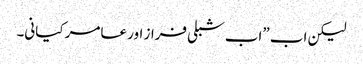
لیکن اب ”اب شبلی فراز اور عامر کیانی۔